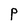
Character: p